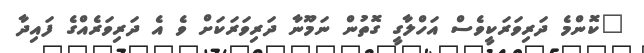
"ކޮންމެ ދަރިވަރަކީވެސް އަހްލާގީ ގޮތުން ނަމޫނާ ދަރިވަރަކަށް ވެ އެ ދަރިވަރެއްގެ ފައިދާ